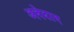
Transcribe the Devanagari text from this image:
अवेदान